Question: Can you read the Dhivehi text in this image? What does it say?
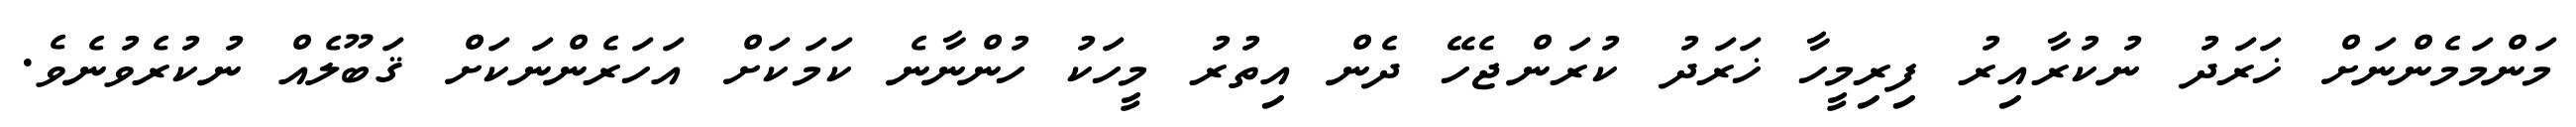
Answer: މަންމަމެންނަށް ޚަރަދު ނުކުރާއިރު ފިރިމީހާ ޚަރަދު ކުރަންޖެހޭ ދެން އިތުރު މީހަކު ހުންނާނެ ކަމަކަށް އަހަރެންނަކަށް ޤަބޫލެއް ނުކުރެވުނެވެ.